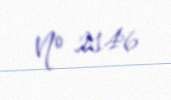
№ 2146